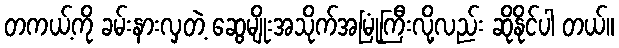
တကယ့်ကို ခမ်းနားလှတဲ့ ဆွေမျိုးအသိုက်အမြုံကြီးလို့လည်း ဆိုနိုင်ပါ တယ်။